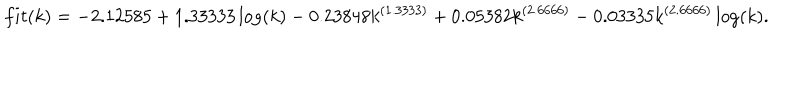
f i t ( k ) = - 2 . 1 2 5 8 5 + 1 . 3 3 3 3 3 \log ( k ) - 0 . 2 3 8 4 8 k ^ { ( { 1 . 3 3 3 3 } ) } + 0 . 0 5 3 8 2 k ^ { ( { 2 . 6 6 6 6 } ) } - 0 . 0 3 3 3 5 k ^ { ( { 2 . 6 6 6 6 } ) } \log ( k ) .